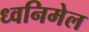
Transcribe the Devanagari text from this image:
ध्वनिमेल